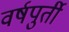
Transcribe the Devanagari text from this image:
वर्षपुर्ती